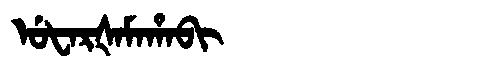
Manchu: ᡠᡶᠠᡵᡧᠠᠮᠠᡥᠠᠪᡳ
Romanization: UFARŠAMAHABI